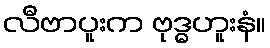
လီဗာပူးက ဗုဒ္ဓဟူးနံ။